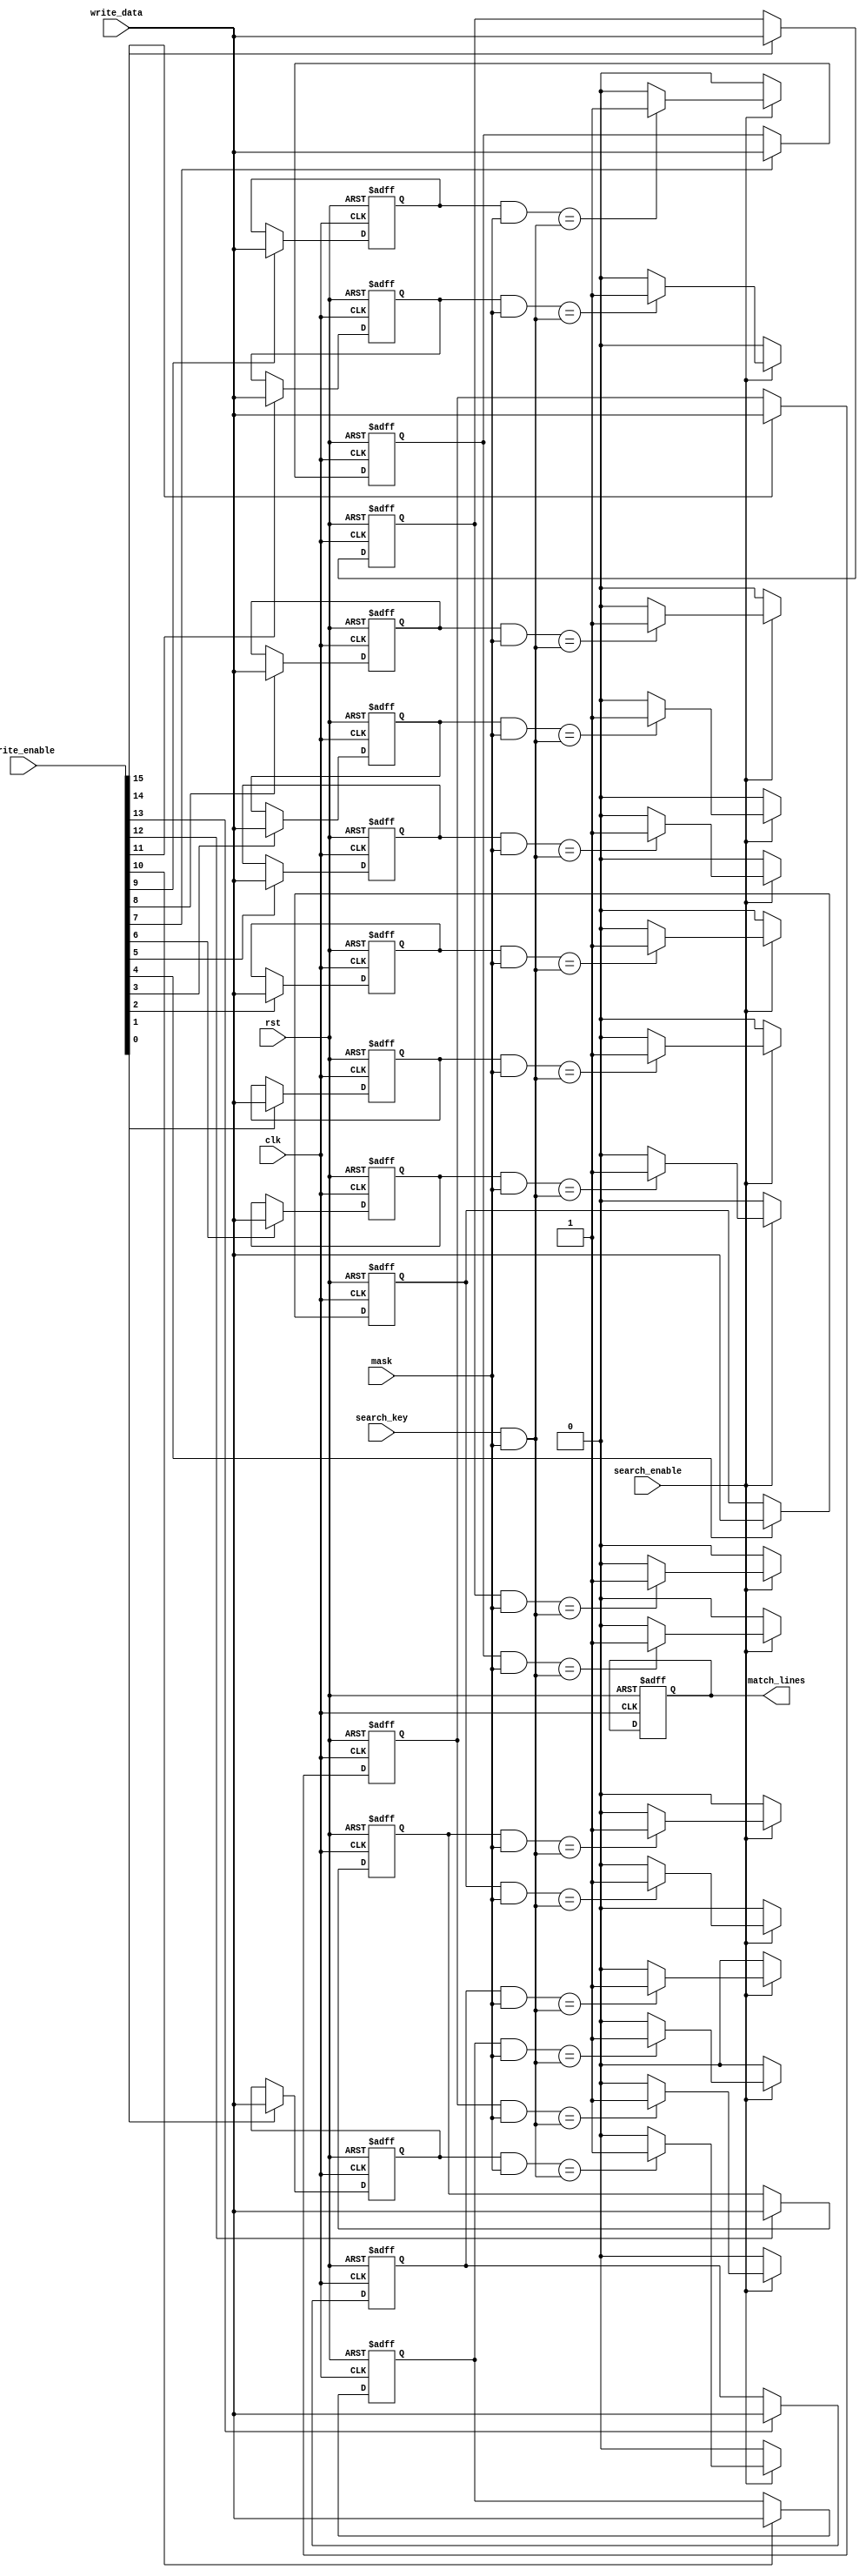
module tcam #(
    parameter NUM_ENTRIES = 16, // Number of TCAM entries
    parameter ENTRY_WIDTH = 8    // Width of each entry in bits
)(
    input wire clk,               // Clock signal
    input wire rst,               // Reset signal
    input wire [ENTRY_WIDTH-1:0] search_key, // Input search key
    input wire [ENTRY_WIDTH-1:0] mask,        // Mask for comparison
    output reg [NUM_ENTRIES-1:0] match_lines, // Match lines output
    input wire [ENTRY_WIDTH-1:0] write_data,  // Data to write
    input wire [NUM_ENTRIES-1:0] write_enable, // Write enable for each entry
    input wire search_enable       // Enable for search operation
);

    // Memory array to store TCAM entries
    reg [ENTRY_WIDTH-1:0] tcam_memory [0:NUM_ENTRIES-1];

    integer i;

    // Write operation
    always @(posedge clk or posedge rst) begin
        if (rst) begin
            for (i = 0; i < NUM_ENTRIES; i = i + 1) begin
                tcam_memory[i] <= {ENTRY_WIDTH{1'b0}}; // Reset entries to 0
            end
            match_lines <= {NUM_ENTRIES{1'b0}}; // Reset match lines
        end else begin
            for (i = 0; i < NUM_ENTRIES; i = i + 1) begin
                if (write_enable[i]) begin
                    tcam_memory[i] <= write_data; // Write data to TCAM
                end
            end
        end
    end

    // Search operation
    always @(*) begin
        if (search_enable) begin
            match_lines = {NUM_ENTRIES{1'b0}}; // Initialize match lines to 0
            for (i = 0; i < NUM_ENTRIES; i = i + 1) begin
                // Comparison logic
                if ((tcam_memory[i] & mask) == (search_key & mask)) begin
                    match_lines[i] = 1'b1; // Match found
                end
            end
        end else begin
            match_lines = {NUM_ENTRIES{1'b0}}; // No search, clear match lines
        end
    end

endmodule